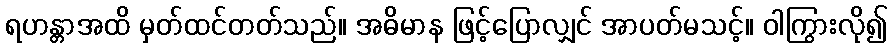
ရဟန္တာအထိ မှတ်ထင်တတ်သည်။ အဓိမာန ဖြင့်ပြောလျှင် အာပတ်မသင့်။ ဝါကြွားလို၍